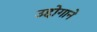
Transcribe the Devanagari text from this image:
उद्दोगाने